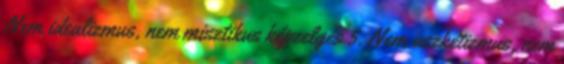
Nem idealizmus, nem misztikus képzelgés 5. Nem aszkétizmus, nem